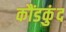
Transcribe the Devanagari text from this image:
कौंडकुंद